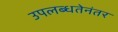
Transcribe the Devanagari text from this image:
उपलब्धतेनंतर